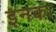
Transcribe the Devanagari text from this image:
इनका